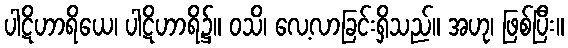
ပါဋိဟာရိယေ၊ ပါဋိဟာရိ၌။ ဝသိ၊ လေ့လာခြင်းရှိသည်။ အဟု၊ ဖြစ်ပြီး။